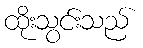
ထိုးသွင်းသည်